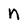
Character: n